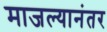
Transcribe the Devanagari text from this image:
माजल्यानंतर